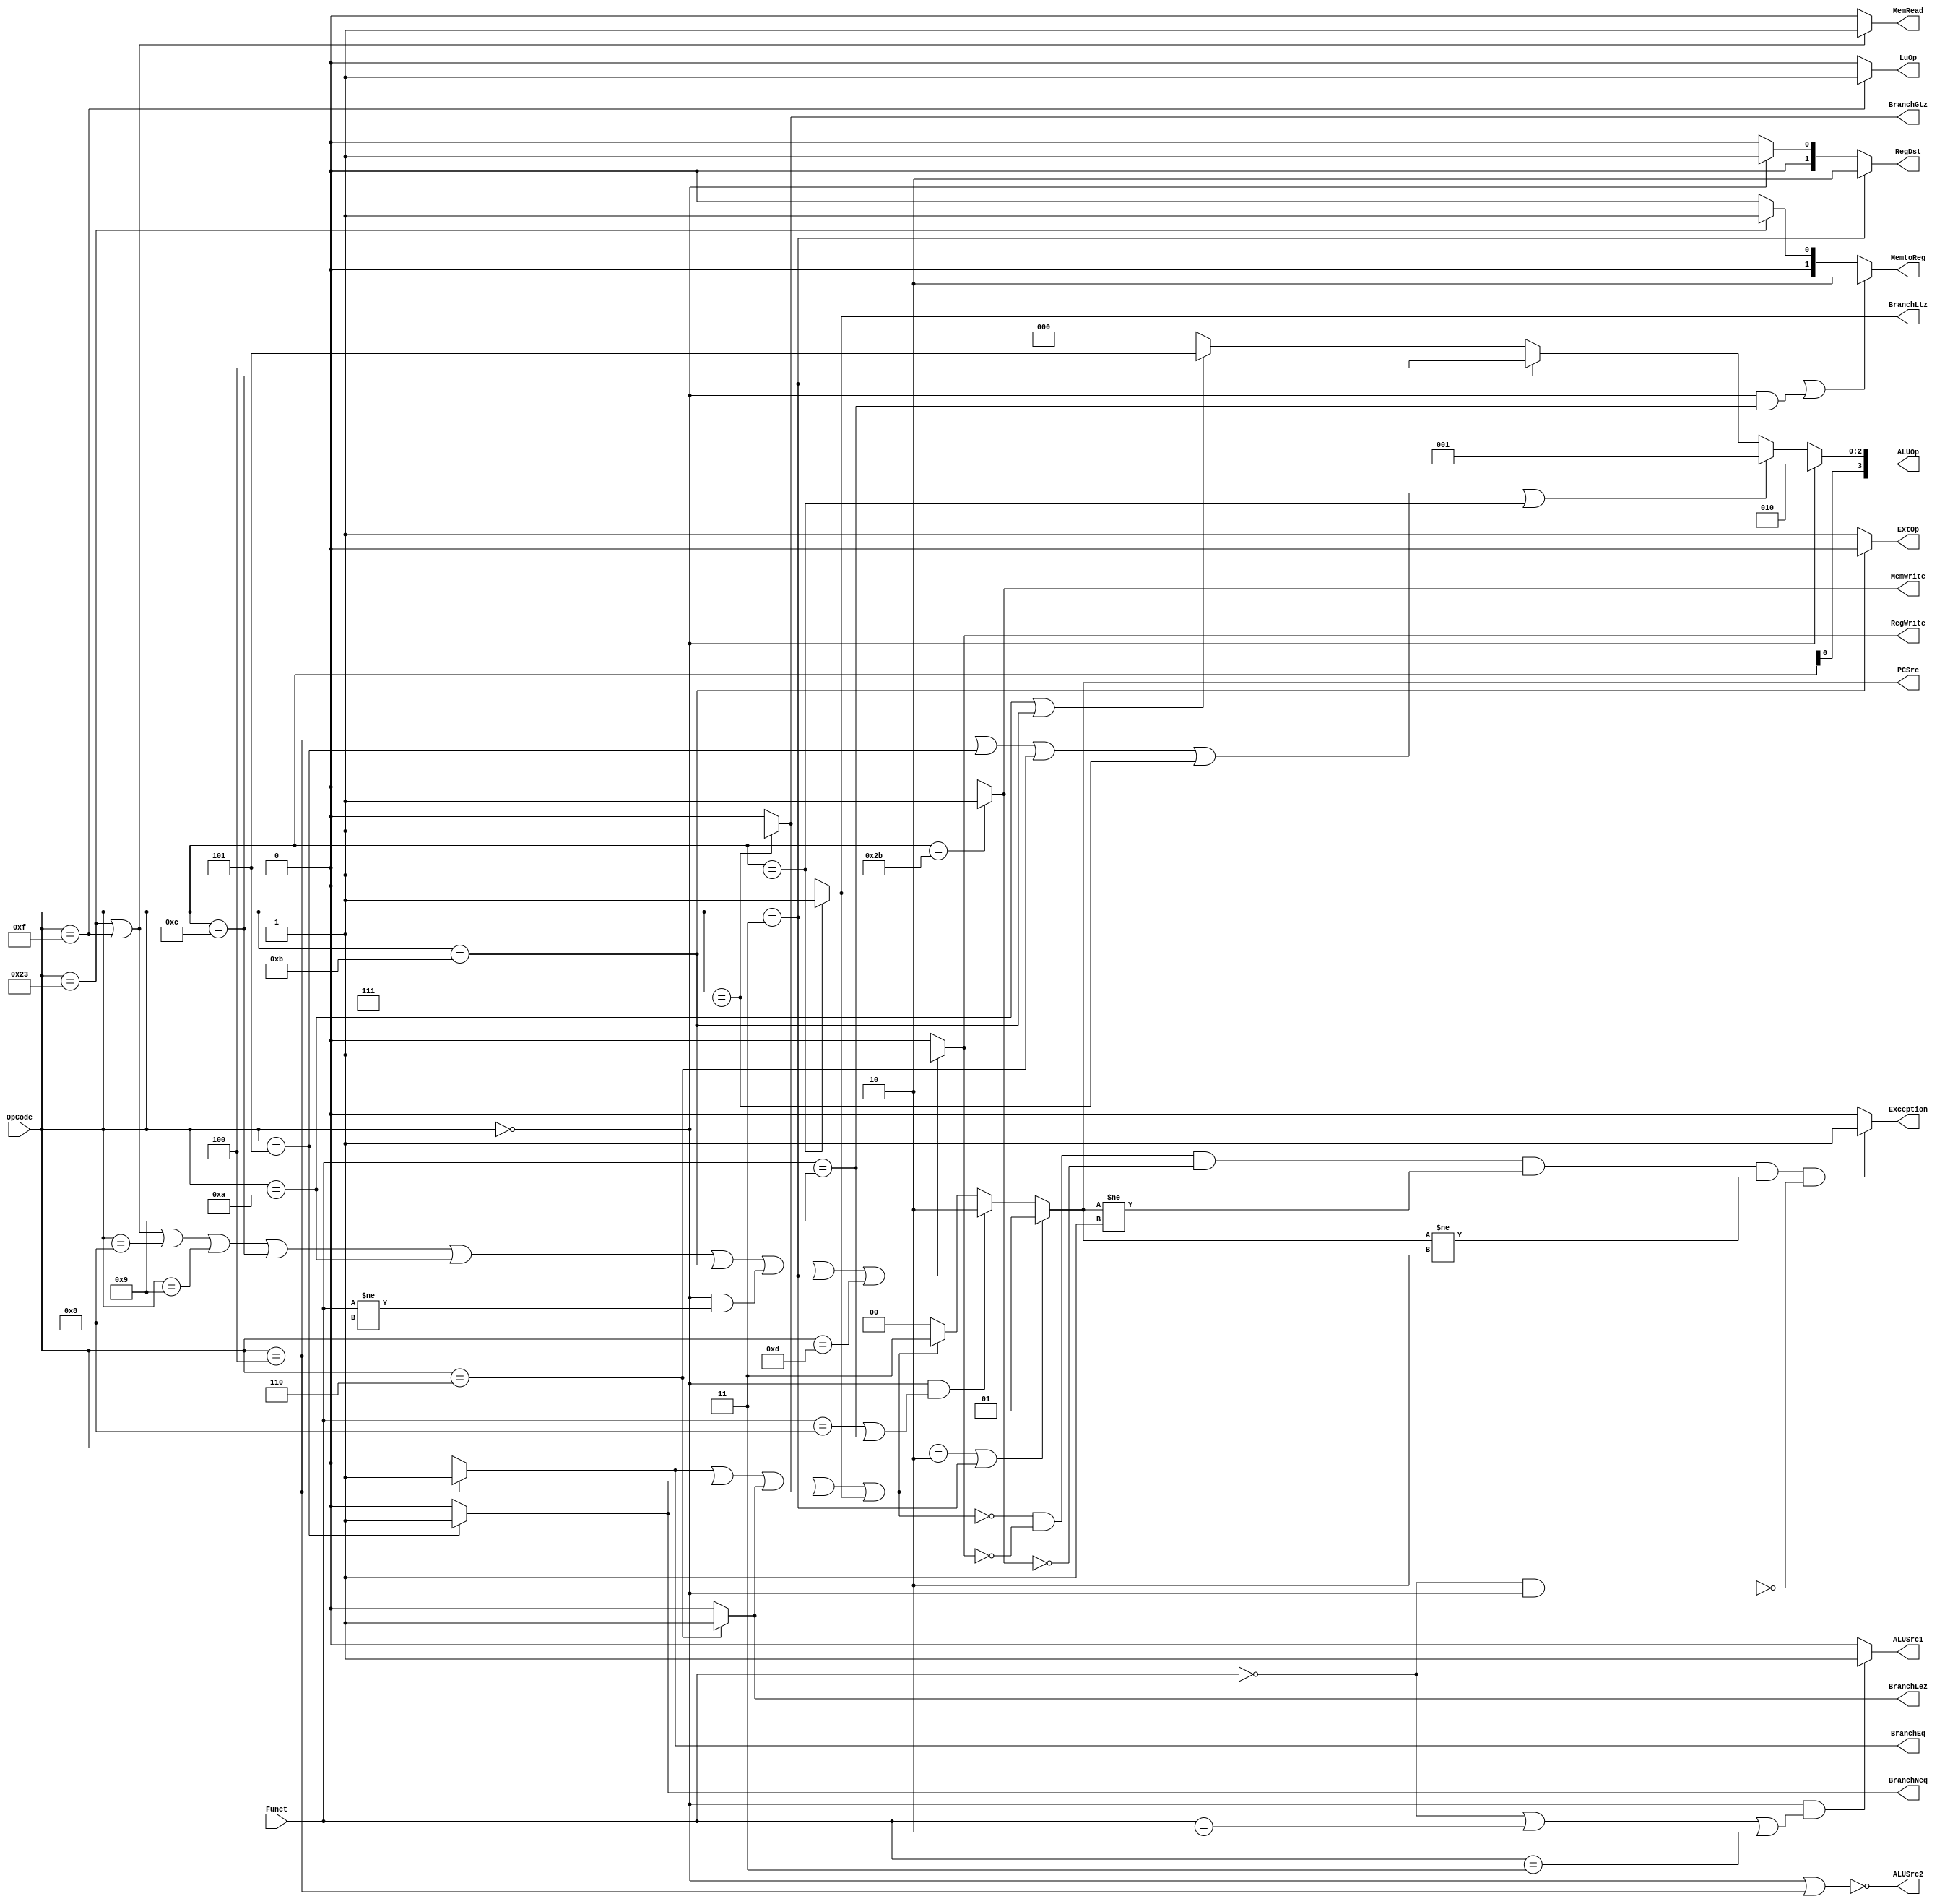
module Control(OpCode, Funct,
	PCSrc, BranchEq,BranchNeq,BranchLez,BranchGtz,BranchLtz, 
	RegWrite, RegDst, MemRead, MemWrite, MemtoReg, 
	ALUSrc1, ALUSrc2, ExtOp, LuOp, ALUOp,Exception);
	input [5:0] OpCode;
	input [5:0] Funct;
	output [1:0] PCSrc;
	output BranchEq;
	output BranchNeq;
	output BranchLez;
	output BranchGtz;
	output BranchLtz;
	output RegWrite;
	output [1:0] RegDst;
	output MemRead;
	output MemWrite;
	output [1:0] MemtoReg;
	output ALUSrc1;
	output ALUSrc2;
	output ExtOp;
	output LuOp;
	output [3:0] ALUOp;
	output Exception;

	assign Exception=(~Branch && ~RegWrite && ~MemWrite && PCSrc!=2'd1 && PCSrc!=2'd2 && ~(Funct==0 && OpCode==0))?1:0;
	
	// Your code below
	assign BranchEq=(OpCode==6'h04)?1:0;
	assign BranchNeq=(OpCode==6'h05)?1:0;
	assign BranchLez=(OpCode==6'h06)?1:0;
	assign BranchGtz=(OpCode==6'h07)?1:0;
	assign BranchLtz=(OpCode==6'h01)?1:0;
	assign Branch=BranchEq || BranchNeq || BranchLez || BranchGtz || BranchLtz;
	assign PCSrc[1:0]=
		(OpCode==6'h02 || OpCode==6'h03)?2'b01:  // jump label
		(OpCode==0 && (Funct==6'h08 || Funct==6'h09) )?2'd2: // jump register
		Branch?2'd3:2'd0;                          // branch : pc_plus_4
	assign RegWrite=(OpCode==6'h23 || OpCode==6'h0f ||OpCode==6'h08 ||OpCode==6'h09 || OpCode==6'h0c || OpCode==6'h0a || OpCode==6'h0b || (OpCode==6'h00 && Funct!=6'h08 )||OpCode==6'h03|| OpCode==6'h0d)?1:0;
	assign RegDst=(OpCode==6'h03 )?2'b10: // jal
		OpCode==0?1:					// R-type (including jalr)
		0;								// I-type
	assign MemRead=(OpCode==6'h23 || OpCode==6'h0f)?1:0;
	assign MemWrite=(OpCode==6'h2b)?1:0;
	assign MemtoReg[1:0]=(OpCode==6'h03 || (OpCode==6'h00 && Funct==6'h09))?2'b10:   //write return address
		(OpCode==6'h23)?1														// write memory data
		:0;																		// write alu data
	assign ALUSrc1=(OpCode==0 && (Funct==0 || Funct==2 || Funct==3))?1:0;
	assign ALUSrc2=~(OpCode == 6'h00 || OpCode == 6'h04);
	assign ExtOp=(OpCode==6'h0b)?0:1;
	assign LuOp=(OpCode==6'h0f)?1:0;


	// Your code above
	assign ALUOp[2:0] = 
		(OpCode == 6'h00)? 3'b010: 
		(OpCode == 6'h04 || OpCode==6'h05 || OpCode==6'h06 || OpCode==6'h07 || OpCode ==6'h01)? 3'b001:   // loop 
		(OpCode == 6'h0c)? 3'b100: 
		(OpCode == 6'h0a || OpCode == 6'h0b)? 3'b101: 
		3'b000;
		
	assign ALUOp[3] = OpCode[0];
	
endmodule